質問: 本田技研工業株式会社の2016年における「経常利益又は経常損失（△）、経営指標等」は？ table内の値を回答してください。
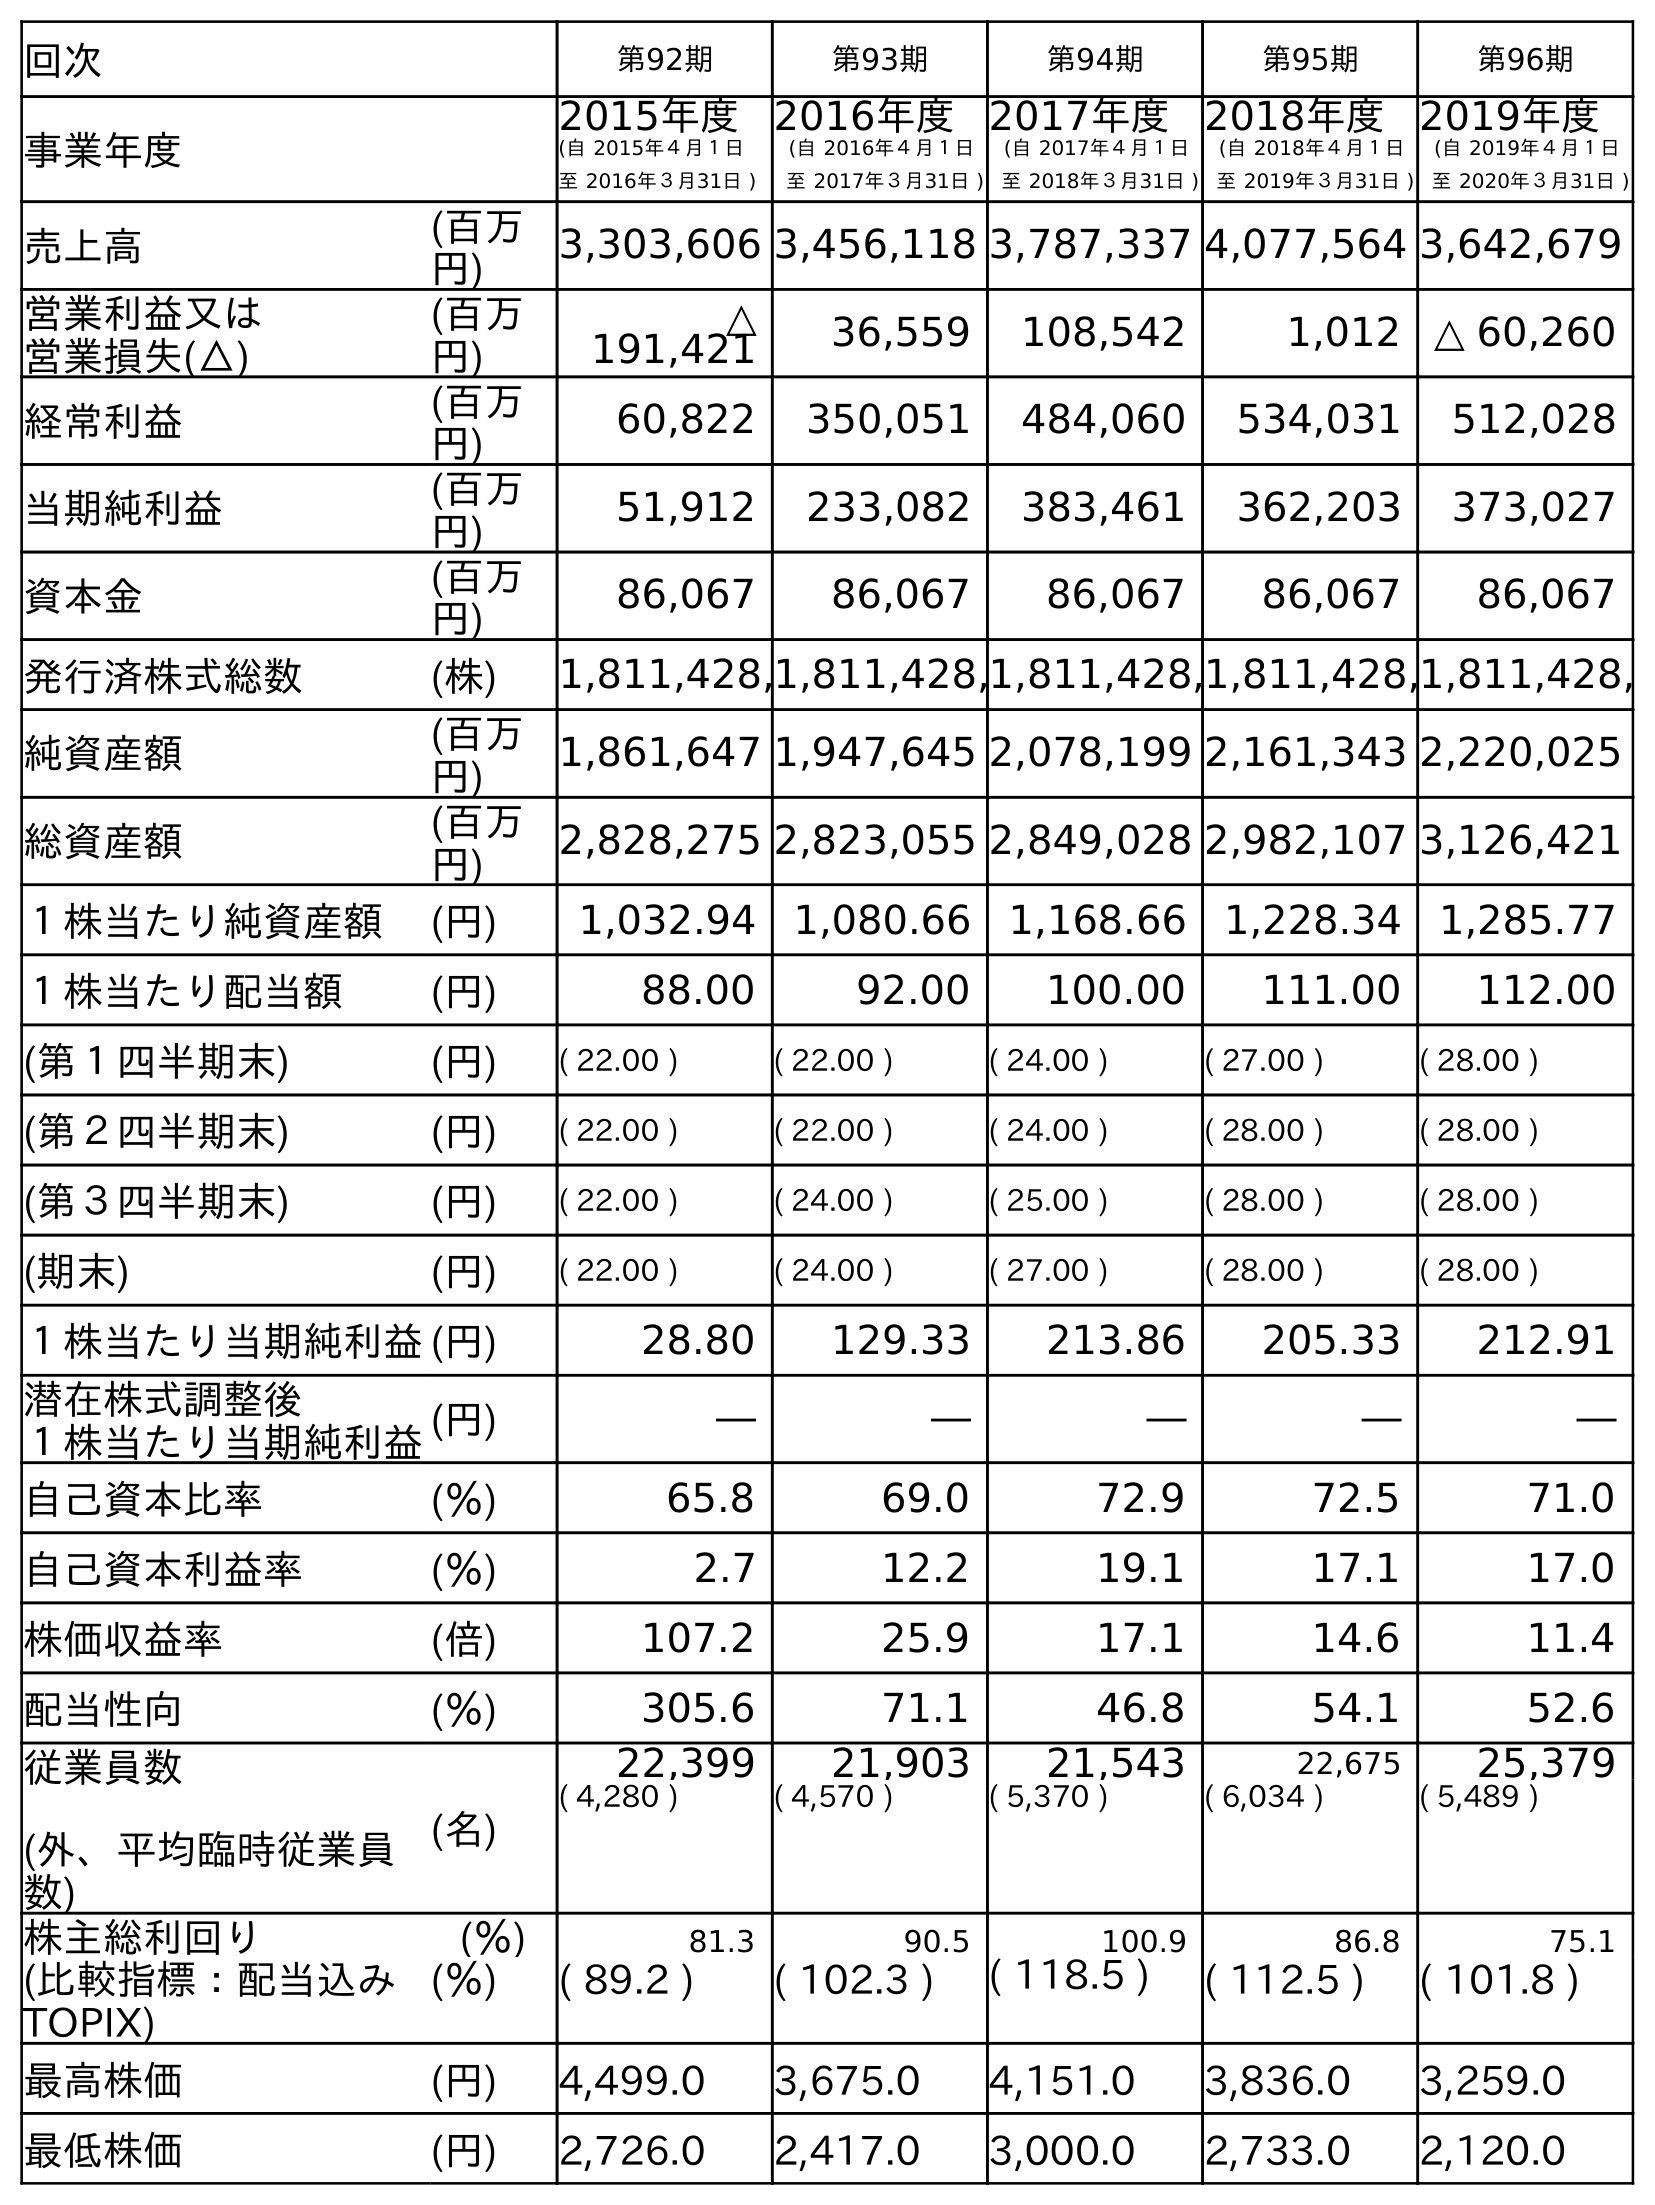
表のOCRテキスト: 回次 第92期 第93期 第94期 第95期 第96期 事業年度 2015年度 (自 2015年４月１日 至 2016年３月31日 ) 2016年度 (自 2016年４月１日 至 2017年３月31日 ) 2017年度 (自 2017年４月１日 至 2018年３月31日 ) 2018年度 (自 2018年４月１日 至 2019年３月31日 ) 2019年度 (自 2019年４月１日 至 2020年３月31日 ) 売上高 (百万 円) 3,303,606 3,456,118 3,787,337 4,077,564 3,642,679 営業利益又は 営業損失(△) (百万 円) △ 191,421 36,559 108,542 1,012 △ 60,260 経常利益 (百万 円) 60,822 350,051 484,060 534,031 512,028 当期純利益 (百万 円) 51,912 233,082 383,461 362,203 373,027 資本金 (百万 円) 86,067 86,067 86,067 86,067 86,067 発行済株式総数 (株) 1,811,428,1,811,428,1,811,428,1,811,428,1,811,428, 純資産額 (百万 円) 1,861,647 1,947,645 2,078,199 2,161,343 2,220,025 総資産額 (百万 円) 2,828,275 2,823,055 2,849,028 2,982,107 3,126,421 １株当たり純資産額 (円) 1,032.94 1,080.66 1,168.66 1,228.34 1,285.77 １株当たり配当額 (円) 88.00 92.00 100.00 111.00 112.00 (第１四半期末) (円) ( 22.00 ) ( 22.00 ) ( 24.00 ) ( 27.00 ) ( 28.00 ) (第２四半期末) (円) ( 22.00 ) ( 22.00 ) ( 24.00 ) ( 28.00 ) ( 28.00 ) (第３四半期末) (円) ( 22.00 ) ( 24.00 ) ( 25.00 ) ( 28.00 ) ( 28.00 ) (期末) (円) ( 22.00 ) ( 24.00 ) ( 27.00 ) ( 28.00 ) ( 28.00 ) １株当たり当期純利益(円) 28.80 129.33 213.86 205.33 212.91 潜在株式調整後 １株当たり当期純利益(円) ― ― ― ― ― 自己資本比率 (％) 65.8 69.0 72.9 72.5 71.0 自己資本利益率 (％) 2.7 12.2 19.1 17.1 17.0 株価収益率 (倍) 107.2 25.9 17.1 14.6 11.4 配当性向 (％) 305.6 71.1 46.8 54.1 52.6 従業員数 (外、平均臨時従業員 数) (名) 22,399 21,903 21,543 22,675 25,379 ( 4,280 ) ( 4,570 ) ( 5,370 ) ( 6,034 ) ( 5,489 ) 株主総利回り (％) 81.3 90.5 100.9 86.8 75.1 (比較指標：配当込み TOPIX) (％) ( 89.2 ) ( 102.3 ) ( 118.5 ) ( 112.5 ) ( 101.8 ) 最高株価 (円) 4,499.0 3,675.0 4,151.0 3,836.0 3,259.0 最低株価 (円) 2,726.0 2,417.0 3,000.0 2,733.0 2,120.0
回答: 60,822